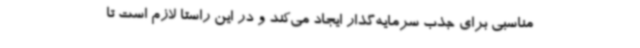
مناسبی برای جذب سرمایه‌گذار ایجاد می‌کند و در این راستا لازم است تا